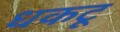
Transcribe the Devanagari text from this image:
धकटू